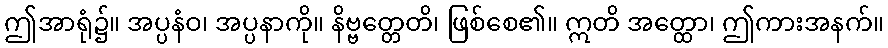
ဤအာရုံ၌။ အပ္ပနံဝ၊ အပ္ပနာကို။ နိဗ္ဗတ္တေတိ၊ ဖြစ်စေ၏။ ဣတိ အတ္ထော၊ ဤကားအနက်။